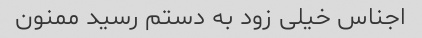
اجناس خیلی زود به دستم رسید ممنون